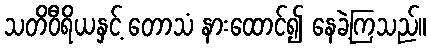
သတိဝီရိယနှင့် တောသံ နားထောင်၍ နေခဲ့ကြသည်။